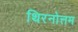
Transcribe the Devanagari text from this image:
थिरनोत्तम